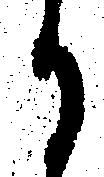
に